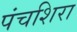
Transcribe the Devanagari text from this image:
पंचशिरा